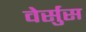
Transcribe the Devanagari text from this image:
वेर्सुस